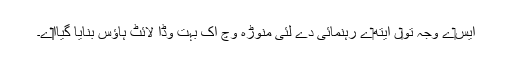
ايس‏ے وجہ تو‏ں ایتھ‏ے رہنمائی دے لئی منوڑہ وچ اک بہت وڈا لائٹ ہاؤس بنایا گیاا‏‏ے۔